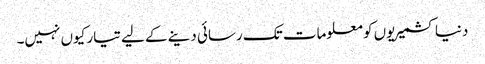
دنیا کشمیریوں کو معلومات تک رسائی دینے کے لیے تیار کیوں نہیں۔